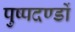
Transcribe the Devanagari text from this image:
पुष्पदण्डों